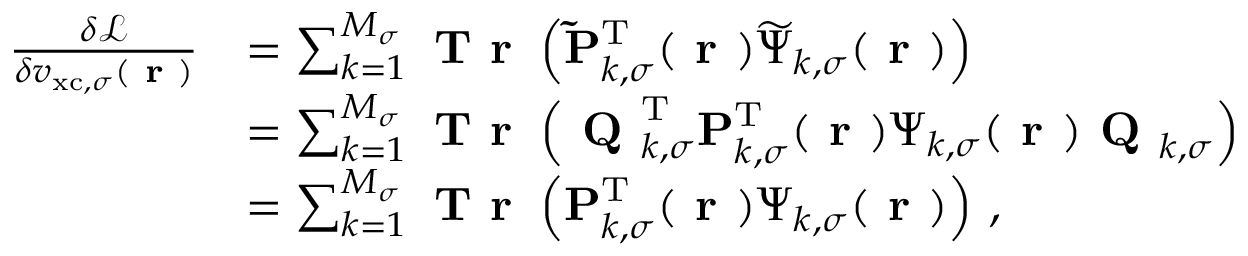
\begin{array} { r l } { \frac { \delta \mathcal { L } } { \delta v _ { \mathrm { x c } , \sigma } ( \boldsymbol { \textbf { r } } ) } } & { = \sum _ { k = 1 } ^ { M _ { \sigma } } \textbf { T r } \left( \mathbf { \widetilde { P } } _ { k , \sigma } ^ { \mathrm { T } } ( \boldsymbol { \textbf { r } } ) \boldsymbol { \widetilde { \Psi } } _ { k , \sigma } ( \boldsymbol { \textbf { r } } ) \right) } \\ & { = \sum _ { k = 1 } ^ { M _ { \sigma } } \textbf { T r } \left( \textbf { Q } _ { k , \sigma } ^ { \mathrm { T } } \mathbf { P } _ { k , \sigma } ^ { \mathrm { T } } ( \boldsymbol { \textbf { r } } ) \boldsymbol { \Psi } _ { k , \sigma } ( \boldsymbol { \textbf { r } } ) \textbf { Q } _ { k , \sigma } \right) } \\ & { = \sum _ { k = 1 } ^ { M _ { \sigma } } \textbf { T r } \left( \mathbf { P } _ { k , \sigma } ^ { \mathrm { T } } ( \boldsymbol { \textbf { r } } ) \boldsymbol { \Psi } _ { k , \sigma } ( \boldsymbol { \textbf { r } } ) \right) \, , } \end{array}